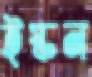
ইস্কন